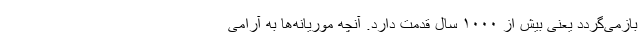
بازمی‌گردد یعنی بیش از ۱۰۰۰ سال قدمت دارد. آنچه موریانه‌ها به آرامی